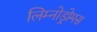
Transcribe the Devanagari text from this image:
लिम्नोड्रोमस